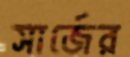
সার্জের